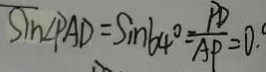
\sin \angle P A D = \sin 6 4 ^ { \circ } = \frac { P D } { A P } = 0 .